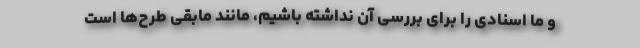
و ما اسنادی را برای بررسی آن نداشته باشیم، مانند مابقی طرح‌ها است